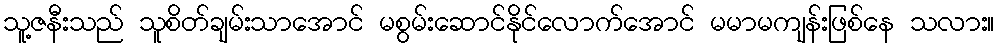
သူ့ဇနီးသည် သူစိတ်ချမ်းသာအောင် မစွမ်းဆောင်နိုင်လောက်အောင် မမာမကျန်းဖြစ်နေ သလား။